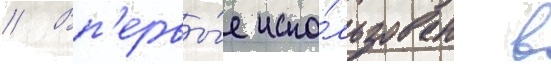
// Вп'ервы́е испо́льзован в